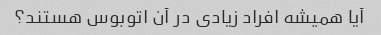
آیا همیشه افراد زیادی در آن اتوبوس هستند؟